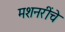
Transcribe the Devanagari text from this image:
मशनरींचे